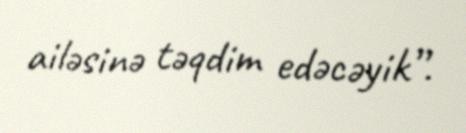
ailəsinə təqdim edəcəyik”.